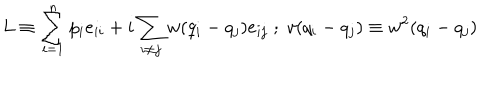
L \equiv \sum _ { i = 1 } ^ { n } p _ { i } e _ { i i } + i \sum _ { i \neq j } w ( q _ { i } - q _ { j } ) e _ { i j } \; ; \; v ( q _ { i } - q _ { j } ) \equiv w ^ { 2 } ( q _ { i } - q _ { j } )